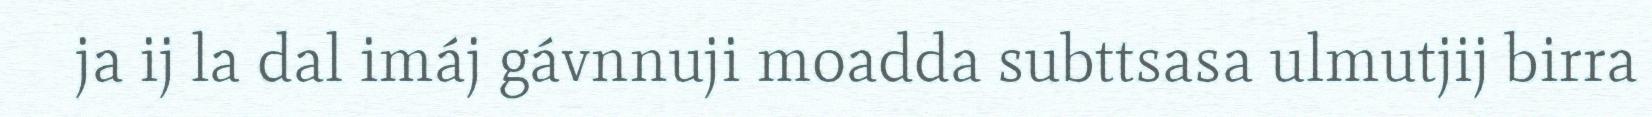
ja ij la dal imáj gávnnuji moadda subttsasa ulmutjij birra